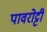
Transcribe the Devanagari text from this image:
पावरोट्टी